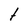
Character: t